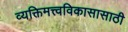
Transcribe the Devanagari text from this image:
व्यक्तिमत्त्वविकासासाठी